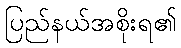
ပြည်နယ်အစိုးရ၏